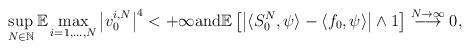
LaTeX: \begin{align*}\sup_{N\in\mathbb{N}} \mathbb{E} \max_{i=1,\ldots,N} \big| v^{i,N}_0 \big|^4 < +\infty\mbox{and} \mathbb{E} \left[ \left\vert \langle S_0^{N}, \psi \rangle - \langle f_0, \psi \rangle\right\vert \wedge 1 \right] \stackrel{N \rightarrow\infty}{ \longrightarrow } 0, \end{align*}